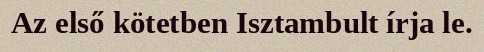
Az első kötetben Isztambult írja le.